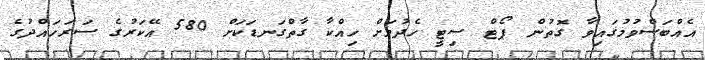
އެއްބަސްވުމުގައިވާ ގޮތުން ޕޯޓް ސިޓީ ހެދުމަށް ހިއްކާ ގާތްގަނޑަކަށް 580 އޭކަރުގެ ސަރަހައްދުގެ